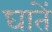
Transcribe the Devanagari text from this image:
घातें